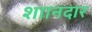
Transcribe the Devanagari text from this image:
शाानदार